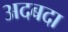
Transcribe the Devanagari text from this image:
अदबदा